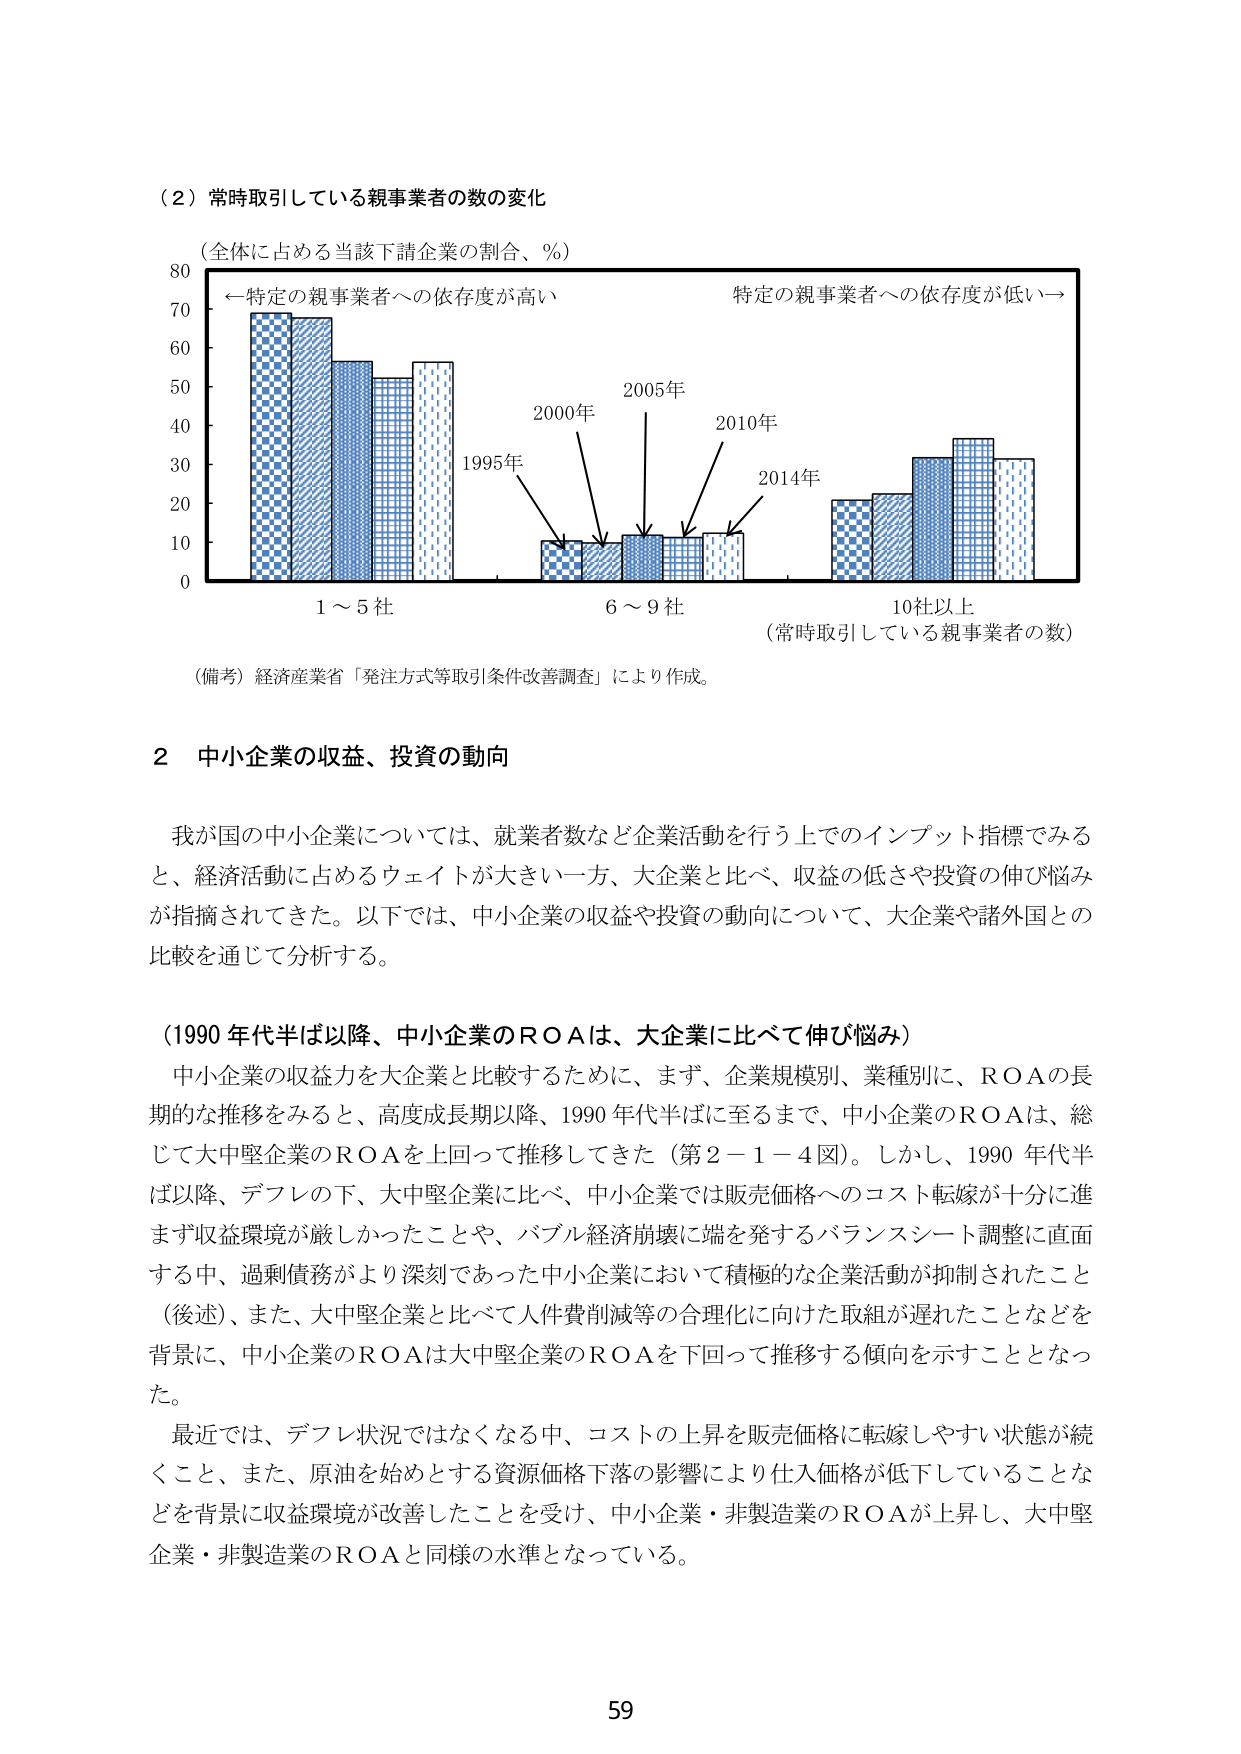
（２）常時取引している親事業者の数の変化

（全体に占める当該下請企業の割合、％）

←特定の親事業者への依存度が高い　　　　　　　特定の親事業者への依存度が低い→

80
70
60
50
40
30
20
10
0

1995年
2000年
2005年
2010年
2014年

1～5社　　　　　　　6～9社　　　　　　　10社以上
（常時取引している親事業者の数）

（備考）経済産業省「発注方式等取引条件改善調査」により作成。

２　中小企業の収益、投資の動向

我が国の中小企業については、就業者数など企業活動を行う上でのインプット指標でみると、経済活動に占めるウェイトが大きい一方、大企業と比べ、収益の低さや投資の伸び悩みが指摘されてきた。以下では、中小企業の収益や投資の動向について、大企業や諸外国との比較を通じて分析する。

（1990年代半ば以降、中小企業のＲＯＡは、大企業に比べて伸び悩み）

中小企業の収益力を大企業と比較するために、まず、企業規模別、業種別に、ＲＯＡの長期的な推移をみると、高度成長期以降、1990年代半ばに至るまで、中小企業のＲＯＡは、総じて大中堅企業のＲＯＡを上回って推移してきた（第２－１－４図）。しかし、1990年代半ば以降、デフレの下、大中堅企業に比べ、中小企業では販売価格へのコスト転嫁が十分に進まず収益環境が厳しかったことや、バブル経済崩壊に端を発するバランスシート調整に直面する中、過剰債務がより深刻であった中小企業において積極的な企業活動が抑制されたこと（後述）、また、大中堅企業と比べて人件費削減等の合理化に向けた取組が遅れたことなどを背景に、中小企業のＲＯＡは大中堅企業のＲＯＡを下回って推移する傾向を示すこととなった。

最近では、デフレ状況ではなくなる中、コストの上昇を販売価格に転嫁しやすい状態が続くこと、また、原油を始めとする資源価格下落の影響により仕入価格が低下していることなどを背景に収益環境が改善したことを受け、中小企業・非製造業のＲＯＡが上昇し、大中堅企業・非製造業のＲＯＡと同様の水準となっている。

59